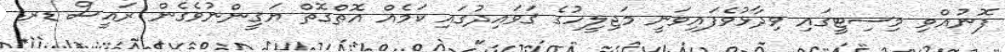
ފޮނުއްވި މިސިޓީގައި ވިދާޅުވެފައިވަނީ މަޖިލީހުގެ ޤަވައިދުގައި ކަމެއް އޮތްގޮތް ޔަޤީންނުވެގެން ރައީސް ޑރ.